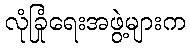
လုံခြုံရေးအဖွဲ့များက